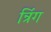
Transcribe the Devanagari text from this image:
न्रिंग